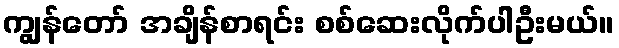
ကျွန်တော် အချိန်စာရင်း စစ်ဆေးလိုက်ပါဦးမယ်။